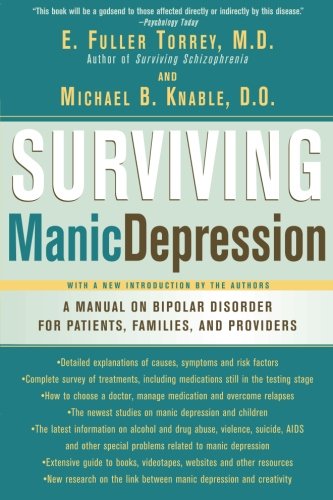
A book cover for Surviving Manic Depression: A Manual on Bipolar Disorder for Patients, Families, and Providers; E. Fuller Torrey  M.D.; Health, Fitness & Dieting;